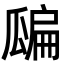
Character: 𤬊